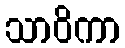
သာဝိကာ